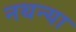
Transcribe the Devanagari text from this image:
नथन्या